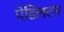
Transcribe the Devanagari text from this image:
पेडिलटन